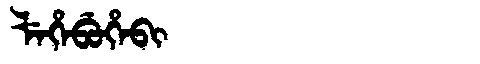
Manchu: ᠯᡝᡥᡝᠪᡠᡥᡝᠪᡳ
Romanization: LEHEBUHEBI